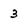
Character: 3